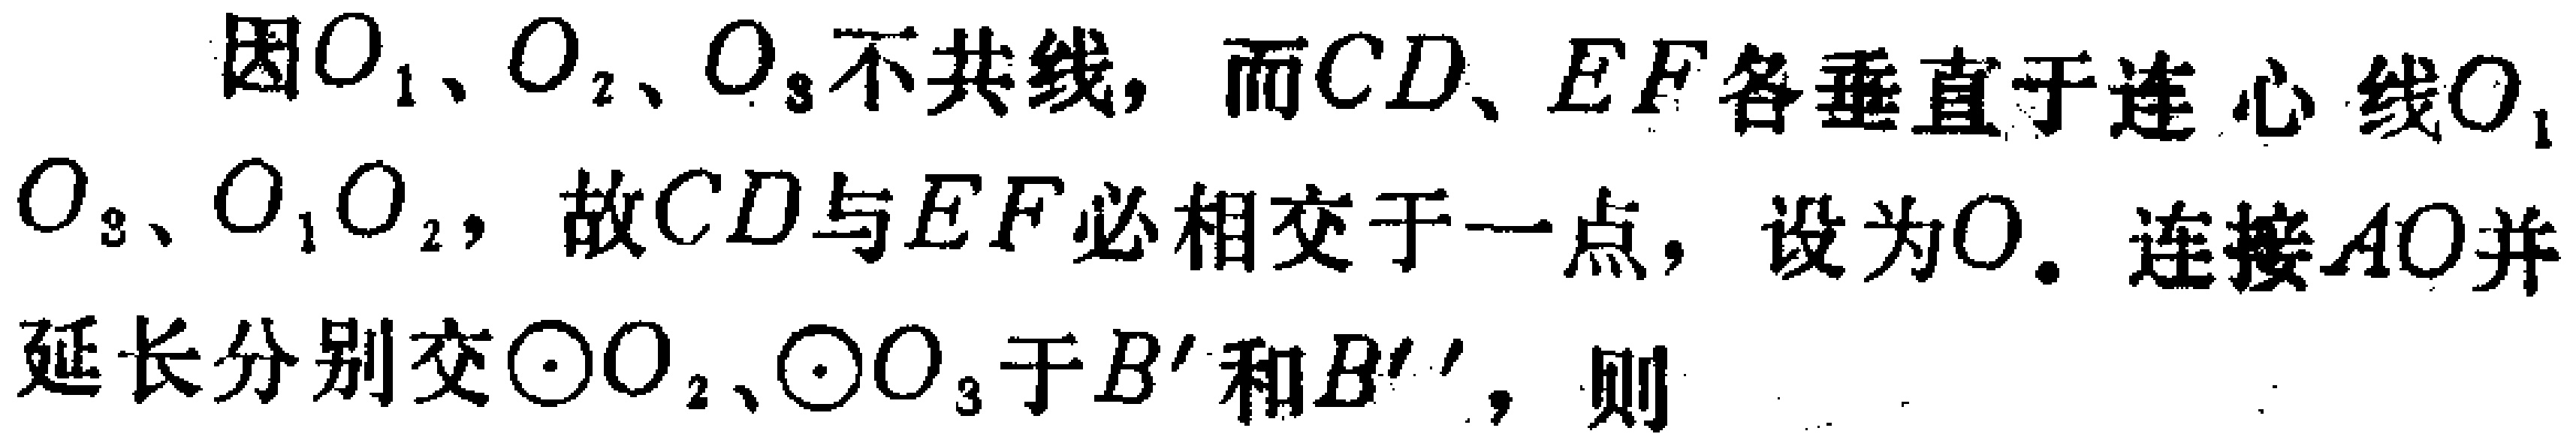
因\(O_{1}\)、\(O_{2}\)、\(O_{3}\)不共线，而\(CD\)、\(EF\)各垂直于连心线\(O_{1}O_{3}\)、\(O_{1}O_{2}\)，故\(CD\)与\(EF\)必相交于一点，设为\(O\)。连接\(AO\)并延长分别交\(\odot O_{2}\)、\(\odot O_{3}\)于\(B'\)和\(B''\)，则